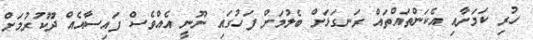
ހުރި ކަމަށާއި އެކަންތައްތައް ރަނގަޅަށް ބެލުމަށް ފަހުގައި ނޫނީ އެއްވެސް ފައިސާއެއް ދޫކުރުމަށް